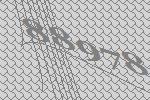
88978